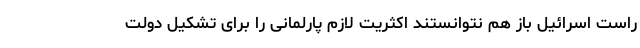
راست اسرائیل باز هم نتوانستند اکثریت لازم پارلمانی را برای تشکیل دولت